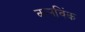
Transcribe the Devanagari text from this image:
कलविंक